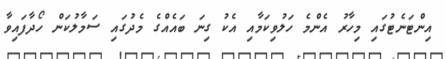
އިންޓަނެޓުގައި މިހާރު އެންމެ ހަލުވިކަމާއި އެކު ގިނަ ބައެއްގެ މެދުގައި ސަމާލުކަން ހޯދާފައިވާ